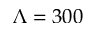
\Lambda = 3 0 0